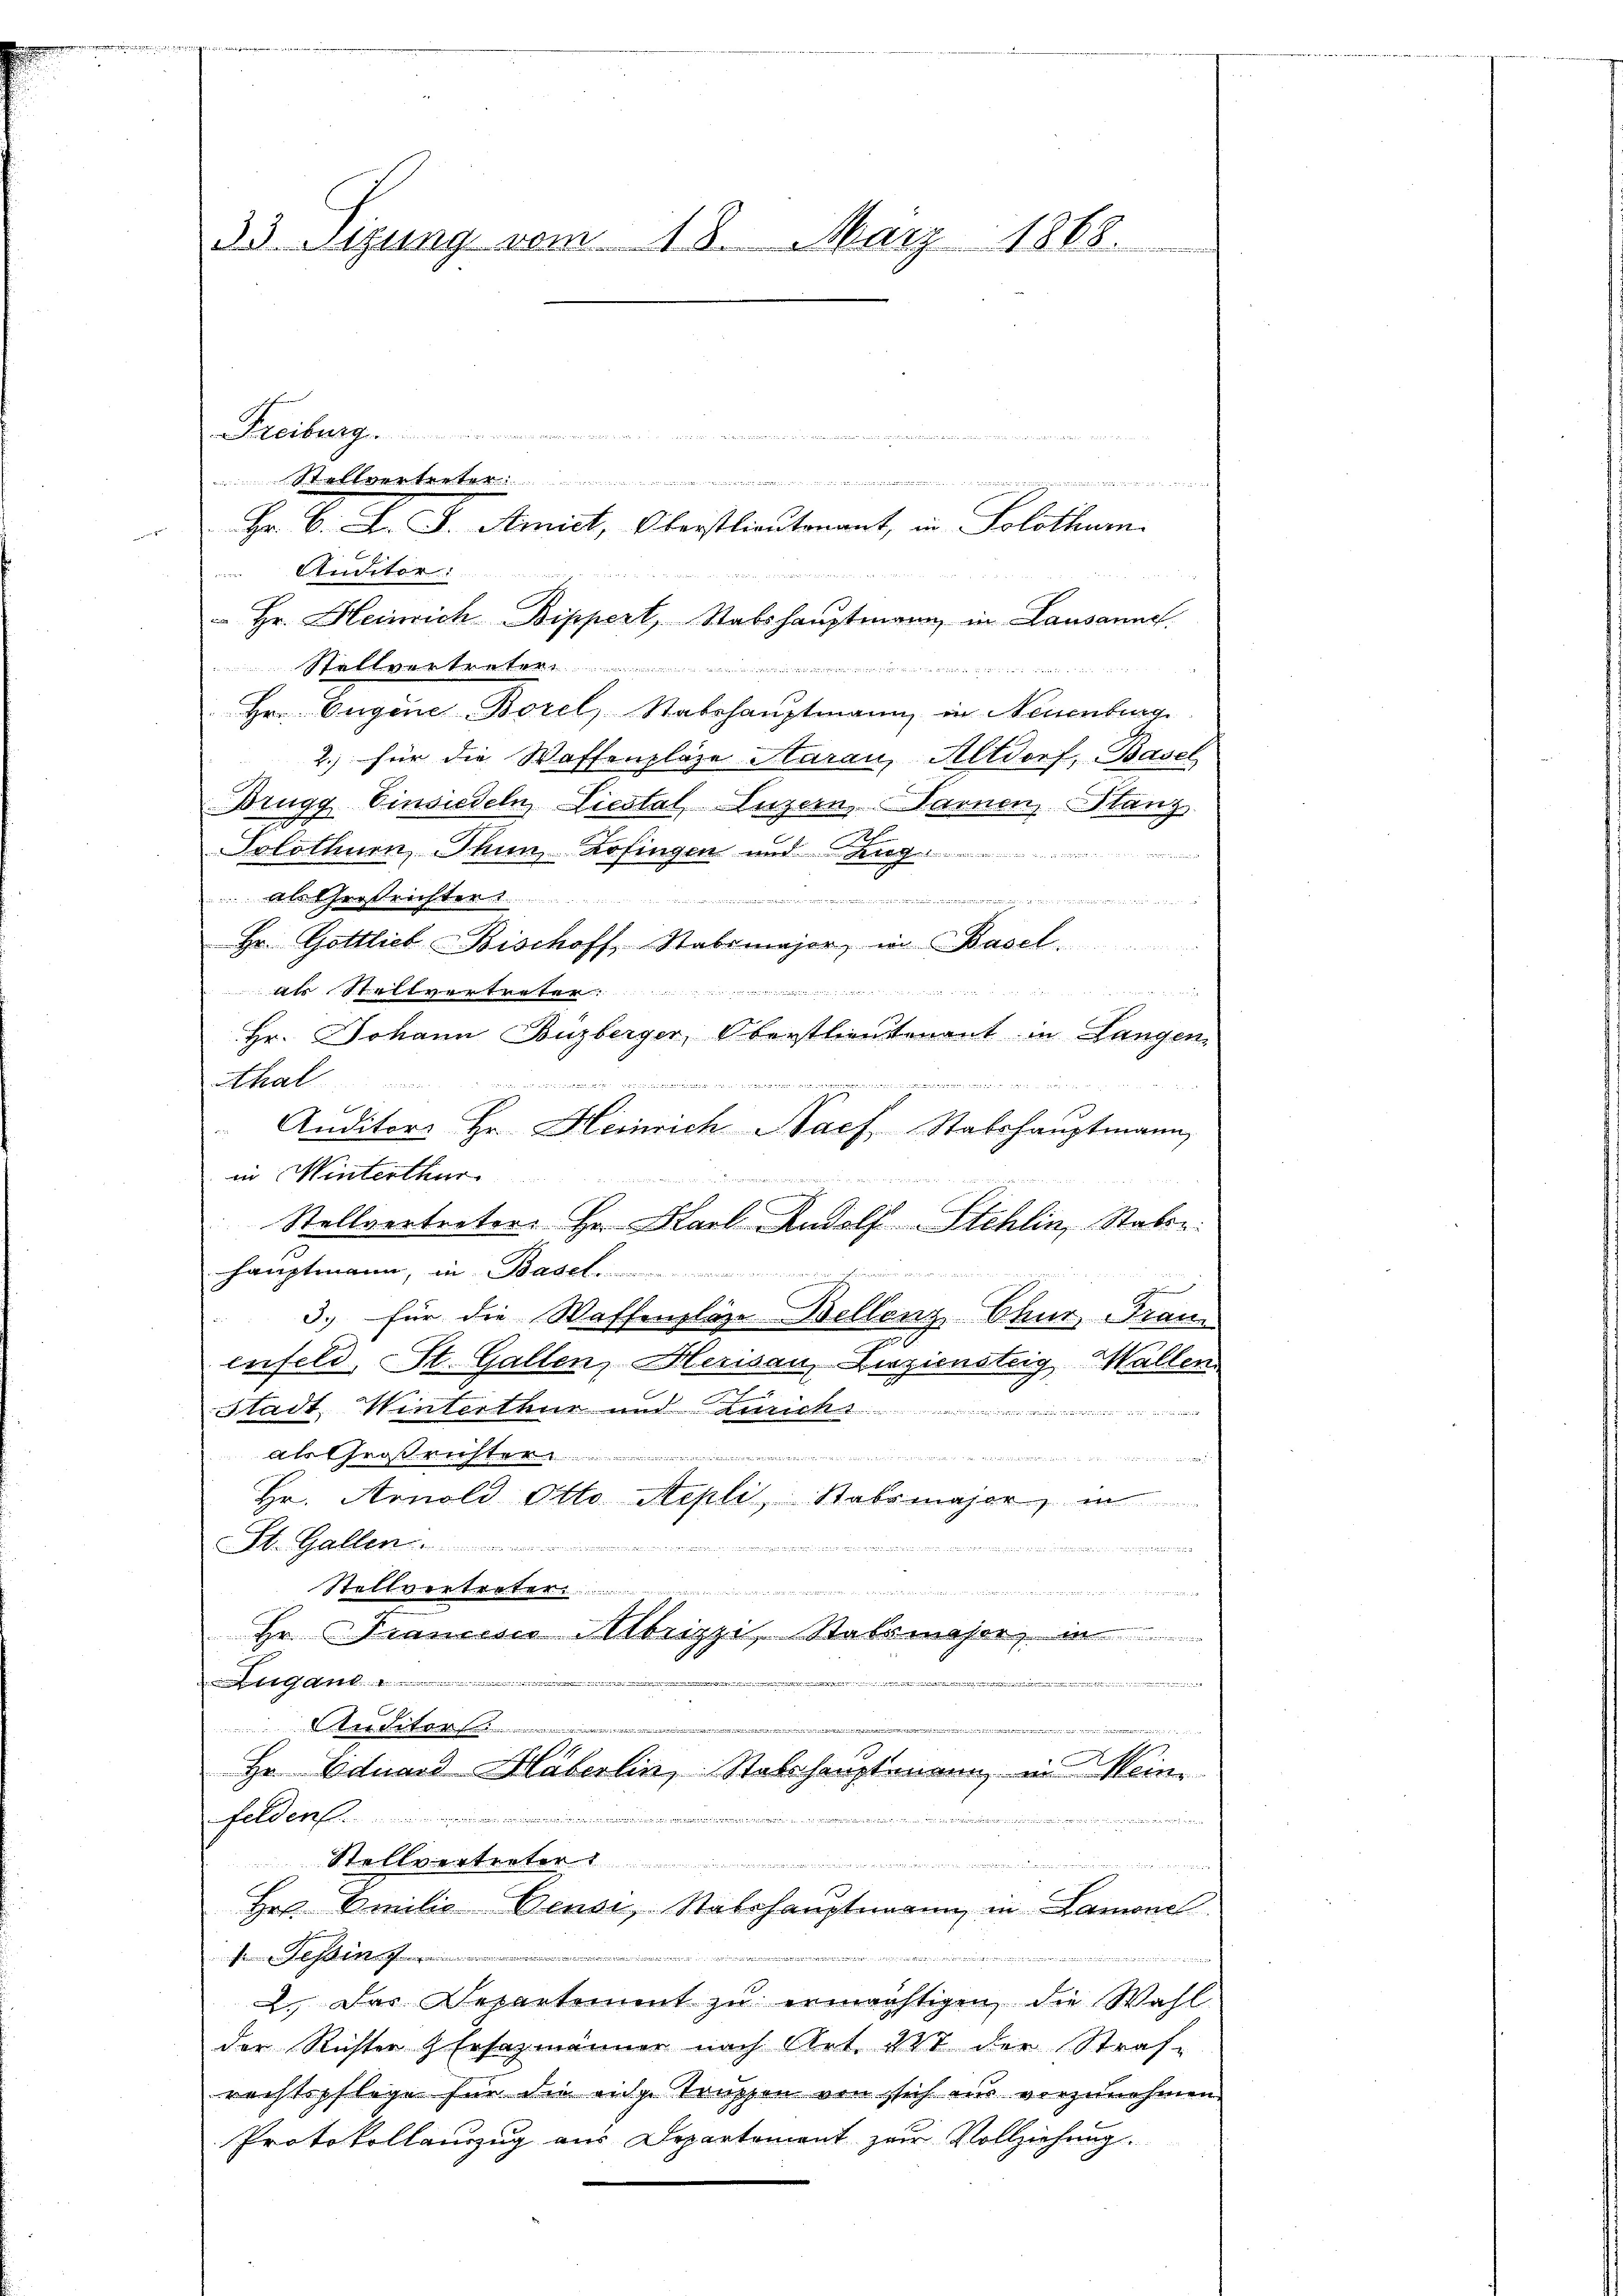
33 Sigung vom 18. März 1868.

inleiterth

t......
               den gegen
Hr. B. J. J. Amict, Oberstlieutenant, in Solothur.
Anditor:
 Hr. Heinrich Bippert, Stabshauptmann in Lausanne.
Stettvertreten
g
Hrn. Eugene Borel, Stabshauptmann, in Neuenburg
2.) für die Waffenplaze Aarau, Altdorf, Basel
Drugg Einsiedeln, Liestal, Luzern, Warnen, Stanz
Solothurn, Thun, Zofingen und ang
 als Großrichten
nanimitiv zu sein in meinden sei einen in der einer 1717 in einigen
Hr. Gottlieb Bischoff, Stabsmajor, in Basel
1 1 St. 144. 14. 144.
Hr. Johann Buzberger, Oberstlieutenant in Langen
Ahal
2
 n d Wie wir un
and eine

Auditors Hr. Heinrich Nach Stabshauptmann,
in Winterthur
Stellvertreter. Hr. Karl Rudolf Stehlin, Staben
hauptmann, in Basel.  .......................

3.) für die Waffenplaze Bellenz Chur, Franz
enfeld, St. Gallen, Heusau, Luziensteig, Wallen
Stadt Winterthur und anrich .............
Als Gros verste
Hr. Arnold Otto Nepli, Stabsmajor, in
St. Gallen
u
tet. 444. 140. 44
Hr. Jenem Abrizzi, Stabsmasse, in

22
Studiter
i
Hr. Eduard Haberlin, Stabshauptmann, in Mein
felden

t
un
Stellvertreter
Her Emilie Pensi, Stabshauptmann in Lamone
.
2.) Das Repartement zu ermächtigen, die Wahl
der Richter & Ersezmänner nach Art. 247 der Straf-
rechtspflege für die eige Truppen von sich aus vorzunehmen
Protokollanzug aus Departement zur Vollziehung.